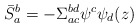
\begin{align*}\bar{S}_{a}^{b} = - \Sigma_{ac}^{bd} \psi^{c} \psi_{d} (z)\end{align*}